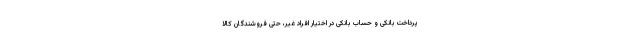
پرداخت بانکی و حساب بانکی در اختیار افراد غیر، حتی فروشندگان کالا